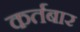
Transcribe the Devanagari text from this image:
कर्तबार